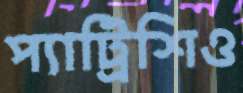
প্যাট্রিশিও